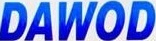
DAWOD